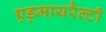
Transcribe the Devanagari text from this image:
एड्मायरैल्टी